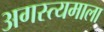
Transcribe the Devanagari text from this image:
अगस्त्यमाला